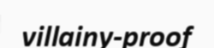
villainy-proof